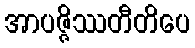
အာပဇ္ဇိဿတီတိပေ